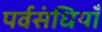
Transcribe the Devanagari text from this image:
पर्वसंधियाँ